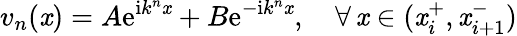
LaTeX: v_{n}(\mathit{x})=A\mathrm{{e}}^{\mathrm{{i}}k^{n}\mathit{x}}+B\mathrm{{e}}^{-\mathrm{{i}}k^{n}\mathit{x}},\quad\forall\, \mathit{x}\in(\mathit{x}_{i}^{+},\mathit{x}_{i+1}^{-})